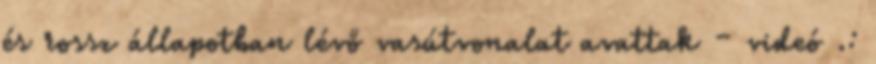
és rossz állapotban lévő vasútvonalat avattak – videó .: